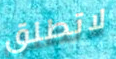
لاتطلق